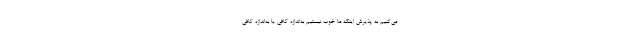
می‌کنیم به پذیرش اینکه ما خوب نیستیم به‌اندازه کافی یا به‌اندازه کافی